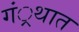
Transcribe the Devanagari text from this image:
गं्रथात